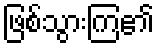
ဖြစ်သွားကြ၏